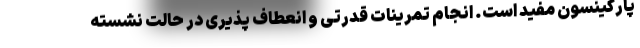
پارکینسون مفید است. انجام تمرینات قدرتی و انعطاف پذیری در حالت نشسته